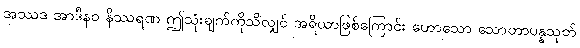
အဿဒ အာဒီနဝ နိဿရဏ ဤသုံးချက်ကိုသိလျှင် အရိယာဖြစ်ကြောင်း ဟောသော သောတာပန္နသုတ်